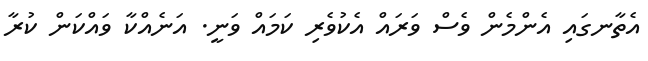
އެތާނގައި އެންމެން ވެސް ވަރައް އެކުވެރި ކަމައް ވަނީ. އަނެއްކާ ވައްކަން ކުރާ